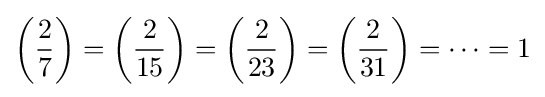
\left({\frac {2}{7}}\right)=\left({\frac {2}{15}}\right)=\left({\frac {2}{23}}\right)=\left({\frac {2}{31}}\right)=\cdots =1